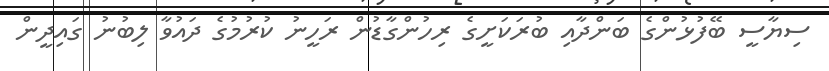
ސިޔާސީ ބޭފުޅުންގެ ބަންދާއި ބުރަކަށީގެ ރިހުންގާޑުން ރަހީނު ކުރުމުގެ ދައުވާ ލިބުނު ގައިދީން